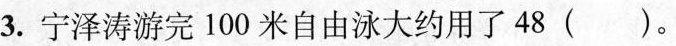
3. 宁泽涛游完 100 米自由泳大约用了 48 ( ) 。